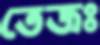
তেজঃ